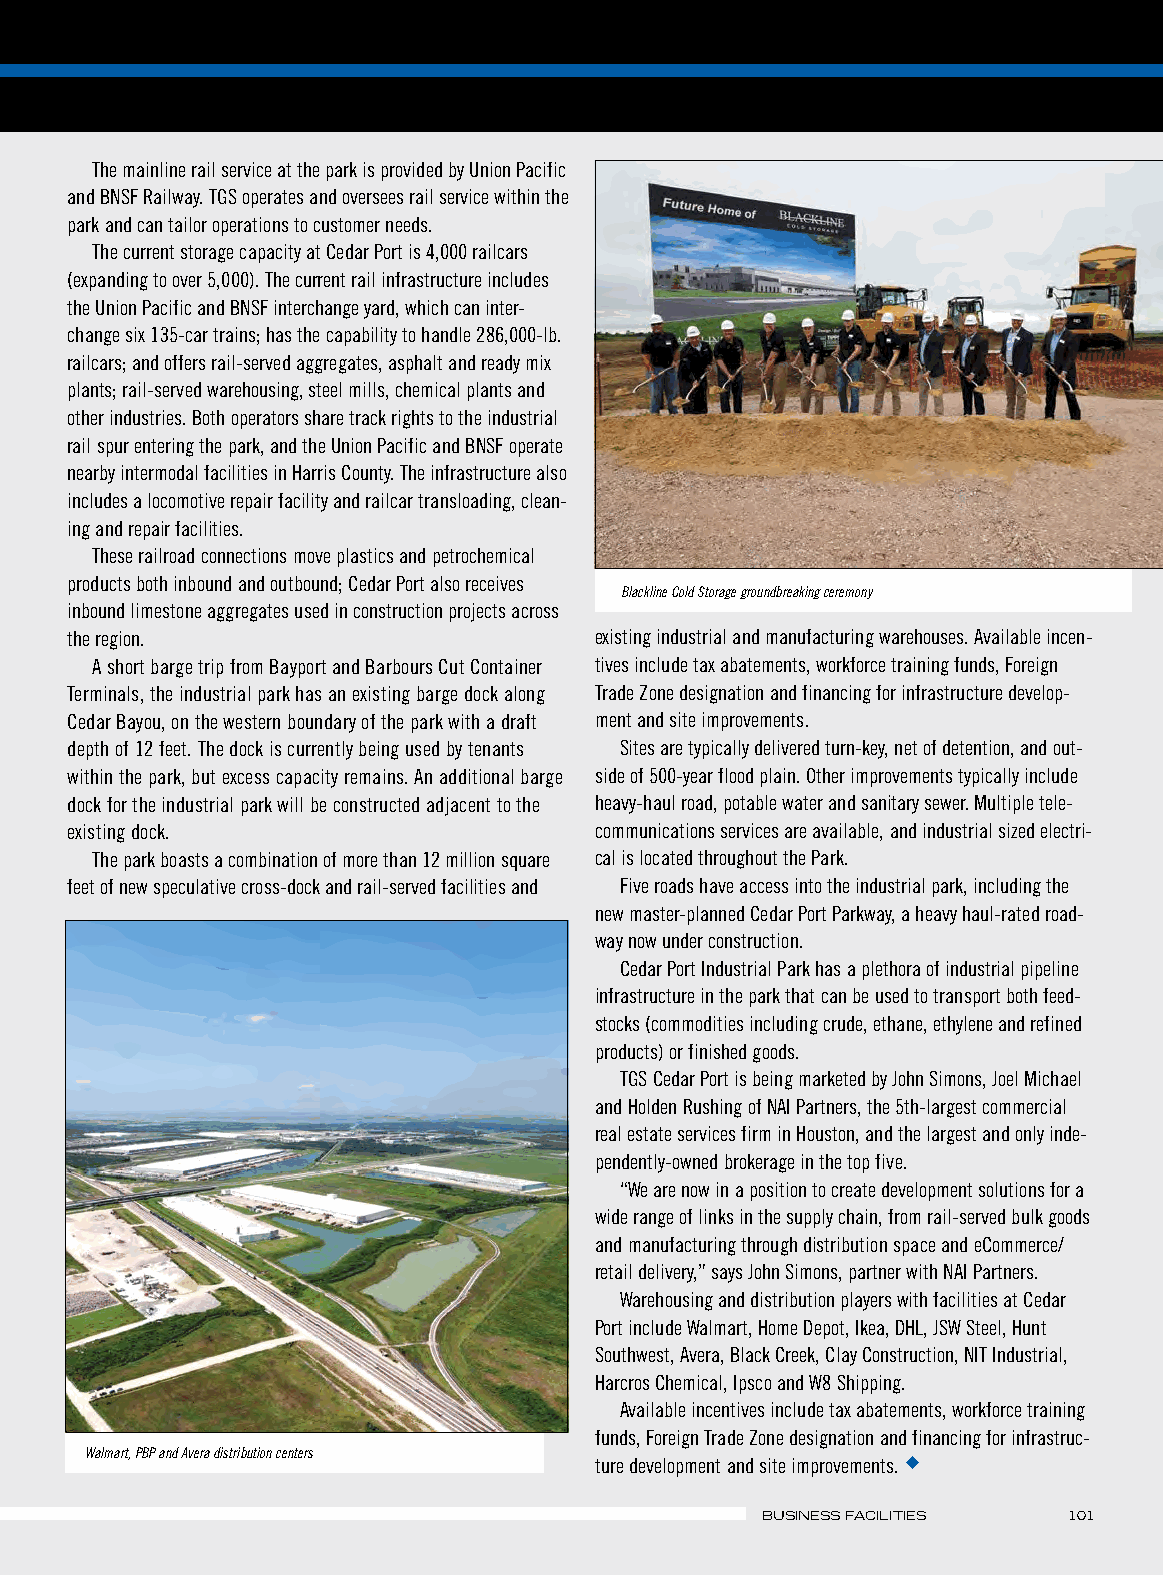
The mainline rail service at the park is provided by Union Pacific
 and BNSF Railway. TGS operates and oversees rail service within the
 park and can tailor operations to customer needs.
 The current storage capacity at Cedar Port is 4,000 railcars
 (expanding to over 5,000). The current rail infrastructure includes
 the Union Pacific and BNSF interchange yard, which can inter-
 change six 135-car trains; has the capability to handle 286,000-lb.
 railcars; and offers rail-served aggregates, asphalt and ready mix
 plants; rail-served warehousing, steel mills, chemical plants and
 other industries. Both operators share track rights to the industrial
 rail spur entering the park, and the Union Pacific and BNSF operate
 nearby intermodal facilities in Harris County. The infrastructure also
 includes a locomotive repair facility and railcar transloading, clean-
 ing and repair facilities.
 These railroad connections move plastics and petrochemical
 products both inbound and outbound; Cedar Port also receives
 Blackline Cold Storage groundbreaking ceremony
 inbound limestone aggregates used in construction projects across
 the region.                        existing industrial and manufacturing warehouses. Available incen-
 A short barge trip from Bayport and Barbours Cut Container tives include tax abatements, workforce training funds, Foreign
 Terminals, the industrial park has an existing barge dock along Trade Zone designation and financing for infrastructure develop-
 Cedar Bayou, on the western boundary of the park with a draft ment and site improvements.
 depth of 12 feet. The dock is currently being used by tenants Sites are typically delivered turn-key, net of detention, and out-
 within the park, but excess capacity remains. An additional barge side of 500-year flood plain. Other improvements typically include
 dock for the industrial park will be constructed adjacent to the heavy-haul road, potable water and sanitary sewer. Multiple tele-
 existing dock.                     communications services are available, and industrial sized electri-
 The park boasts a combination of more than 12 million square cal is located throughout the Park.
 feet of new speculative cross-dock and rail-served facilities and Five roads have access into the industrial park, including the
 new master-planned Cedar Port Parkway, a heavy haul-rated road-
 way now under construction.
 Cedar Port Industrial Park has a plethora of industrial pipeline
 infrastructure in the park that can be used to transport both feed-
 stocks (commodities including crude, ethane, ethylene and refined
 products) or finished goods.
 TGS Cedar Port is being marketed by John Simons, Joel Michael
 and Holden Rushing of NAI Partners, the 5th-largest commercial
 real estate services firm in Houston, and the largest and only inde-
 pendently-owned brokerage in the top five.
 “We are now in a position to create development solutions for a
 wide range of links in the supply chain, from rail-served bulk goods
 and manufacturing through distribution space and eCommerce/
 retail delivery,” says John Simons, partner with NAI Partners.
 Warehousing and distribution players with facilities at Cedar
 Port include Walmart, Home Depot, Ikea, DHL, JSW Steel, Hunt
 Southwest, Avera, Black Creek, Clay Construction, NIT Industrial,
 Harcros Chemical, Ipsco and W8 Shipping.
 Available incentives include tax abatements, workforce training
 funds, Foreign Trade Zone designation and financing for infrastruc-
 Walmart, PBP and Avera distribution centers
 ture development and site improvements. u
 BUSINESS FACILITIES  101